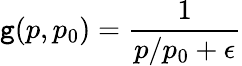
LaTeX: \mathtt{g}(p,p_{0})=\frac{{1}}{{p/p_{0}+\epsilon}}